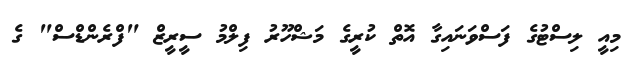
މިއީ ލިސްޓުގެ ފަސްވަނައިގާ އޮތް ކުރީގެ މަޝްހޫރު ފިލްމު ސީރީޒް "ފްރެންޑްސް" ގެ